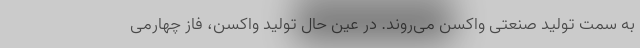
به سمت تولید صنعتی واکسن می‌روند. در عین حال تولید واکسن، فاز چهارمی